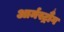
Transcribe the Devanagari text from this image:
आर्मस्ट्रौंग